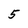
Character: 5